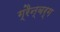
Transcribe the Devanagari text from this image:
ग्रैन्बर्ग